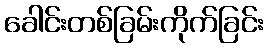
ခေါင်းတစ်ခြမ်းကိုက်ခြင်း